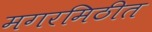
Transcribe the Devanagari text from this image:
मगरमिठीत